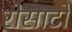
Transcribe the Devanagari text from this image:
रोसाटो